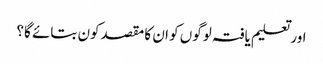
اور تعلیم یافتہ لوگوں کو ان کا مقصدکون بتائے گا؟